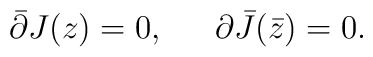
\bar{\partial}{J(z)}=0, \,\,\,\,\,\,\,\,\, {\partial}{\bar {J}(\bar{z})}=0.